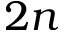
2 n